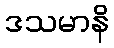
ဒသမာနိ